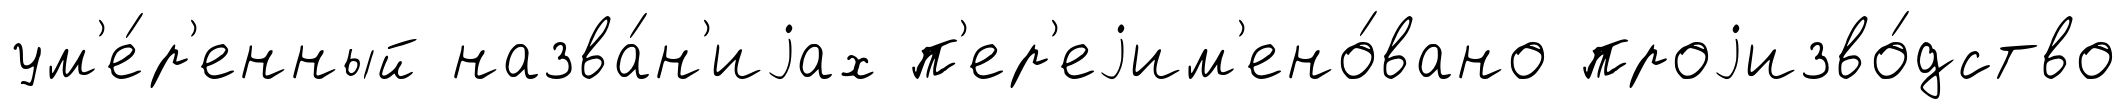
ум'е́р'енный назва́н'иjах п'ер'еjим'ено́вано проjизво́дство